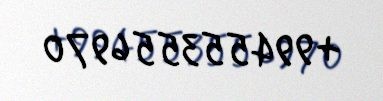
+994553556970